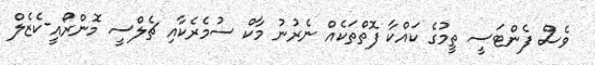
ވެސް ފެންޓަސީ ތީމުގެ ކައްކާ ފޮތްތަކެއް ނެރުނު މާކް ސުމެރެކާއި ޗެލްސީ މޮންރޯއީ-ކެޒެލް